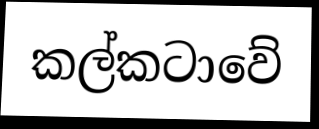
කල්කටාවේ